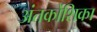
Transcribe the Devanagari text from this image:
अंतर्कोशिका